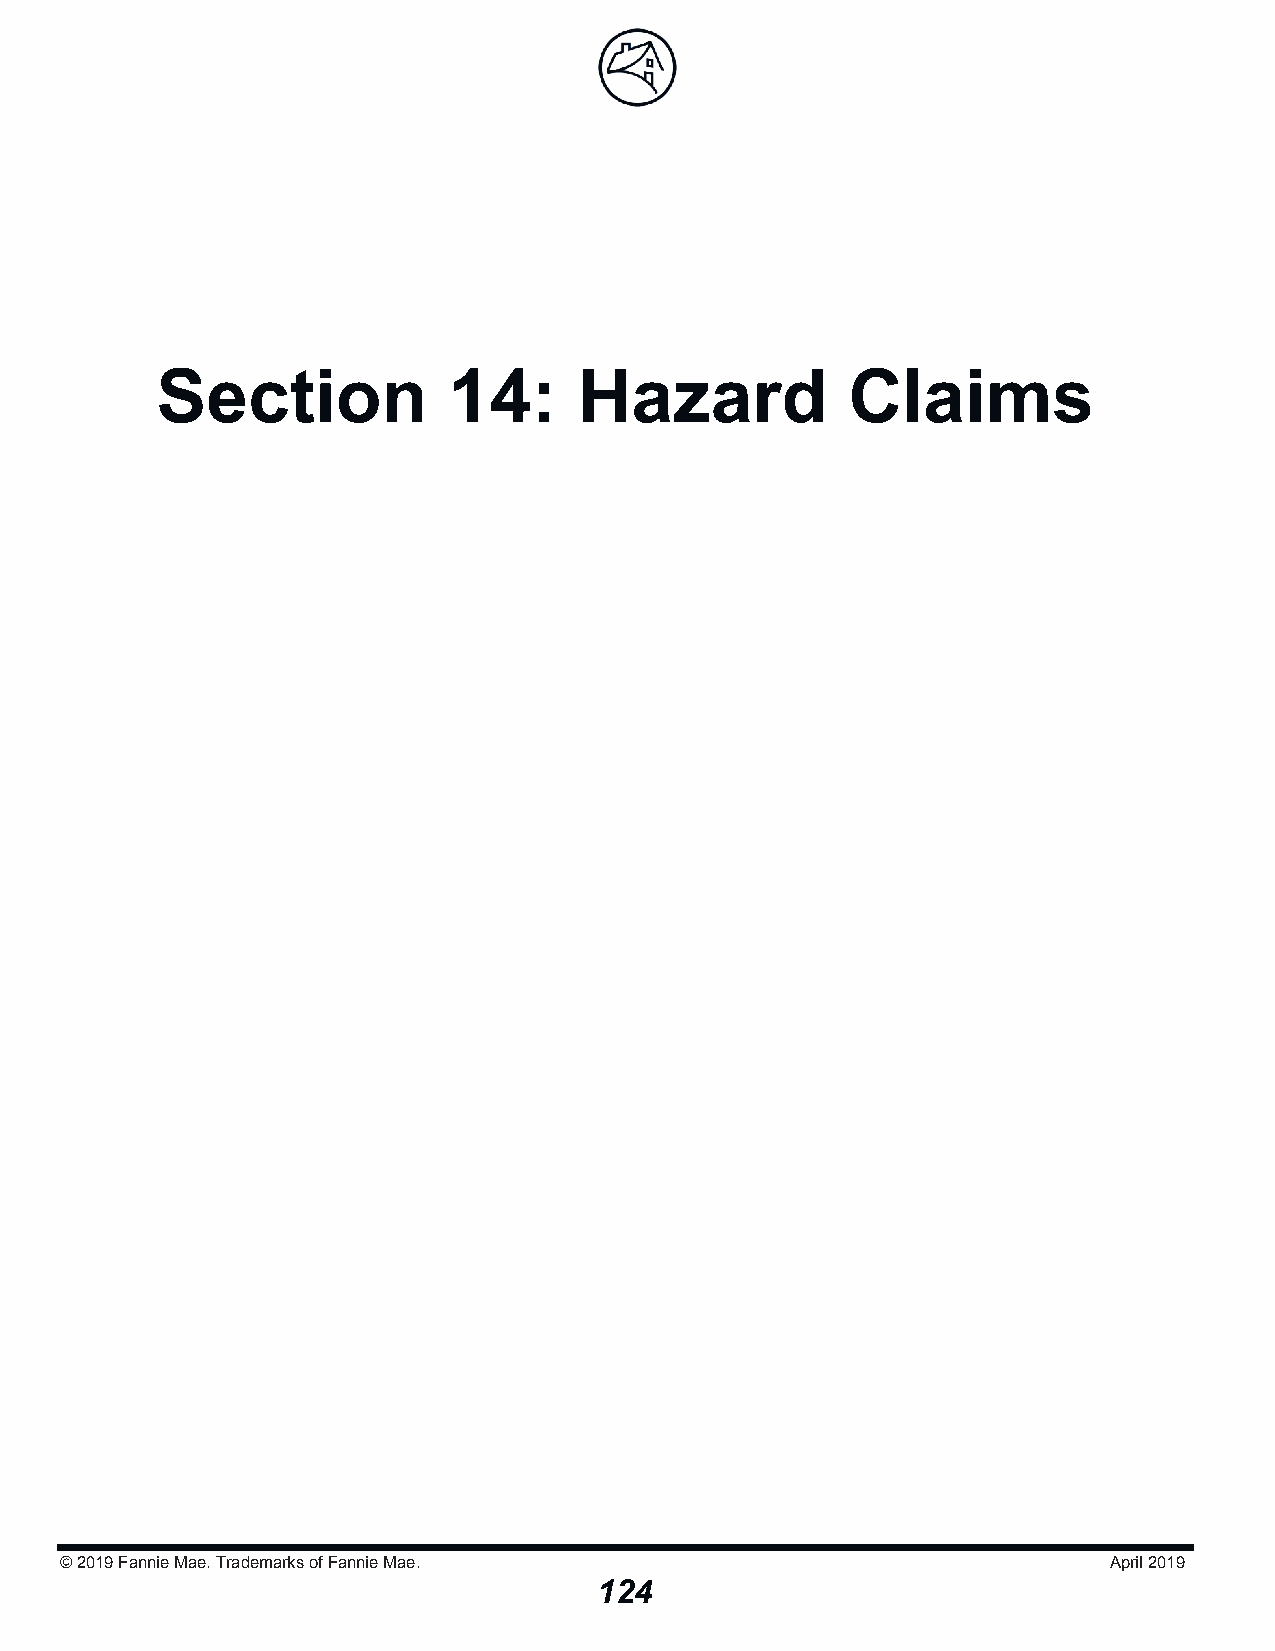
Section             14:     Hazard            Claims
 © 2019Fannie Mae. Trademarks of Fannie Mae.                          April 2019
 124